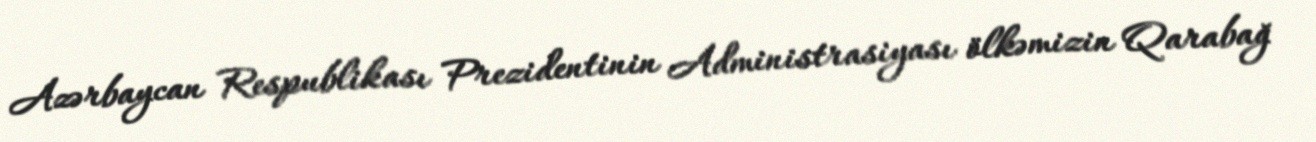
Azərbaycan Respublikası Prezidentinin Administrasiyası ölkəmizin Qarabağ